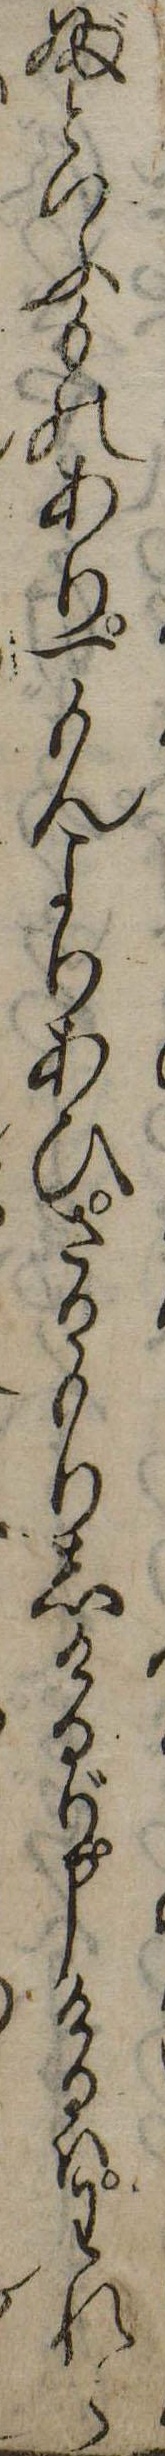
ぶといふものあり一もんよりあひさかもりしけるが申けるはわれら